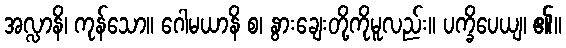
အလ္လာနိ၊ ကုန်သော။ ဂေါမယာနိ စ၊ နွားချေးတို့ကိုမူလည်း။ ပက္ခိပေယျ၊ ၏။